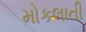
મોકલાતી